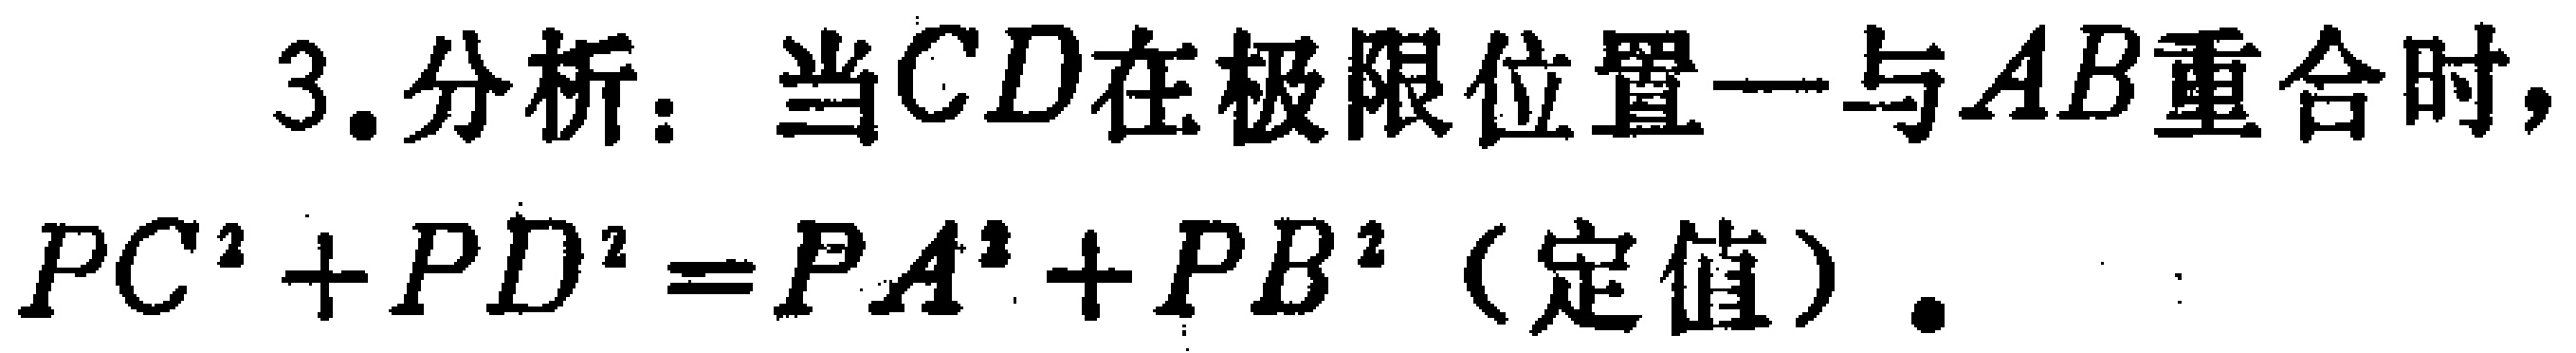
3.分析：当\(CD\)在极限位置一与\(AB\)重合时，\(PC^{2}+PD^{2}=PA^{2}+PB^{2}\)（定值）.